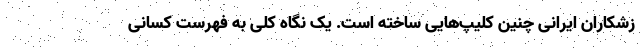
زشکاران ایرانی چنین کلیپ‌هایی ساخته است. یک نگاه کلی به فهرست کسانی